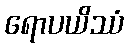
ရောပယိဿံ